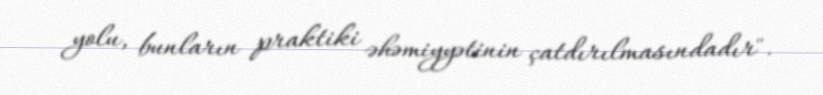
yolu, bunların praktiki əhəmiyyətinin çatdırılmasındadır".